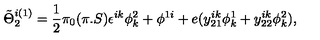
\tilde { \Theta } _ { 2 } ^ { i ( 1 ) } = { \frac { 1 } { 2 } } \pi _ { 0 } ( \pi . S ) \epsilon ^ { i k } \phi _ { k } ^ { 2 } + \phi ^ { 1 i } + e ( y _ { 2 1 } ^ { i k } \phi _ { k } ^ { 1 } + y _ { 2 2 } ^ { i k } \phi _ { k } ^ { 2 } ) ,